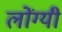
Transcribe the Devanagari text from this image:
लोंग्यी